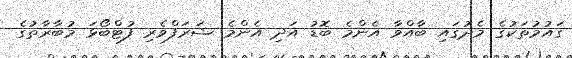
ގައުމުތަކުގެ މެދުގައި ބާއްވާ އެންމެ ބޮޑު އަދި އެންމެ ޝަރަފްވެރި ފުޓްބޯޅަ މުބާރާތުގެ